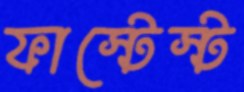
ফাস্টেস্ট